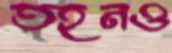
তহনও